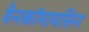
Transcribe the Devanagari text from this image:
वैनकॉमायसिन